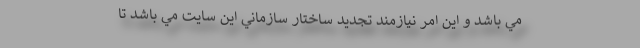
مي باشد و اين امر نيازمند تجديد ساختار سازماني اين سايت مي باشد تا